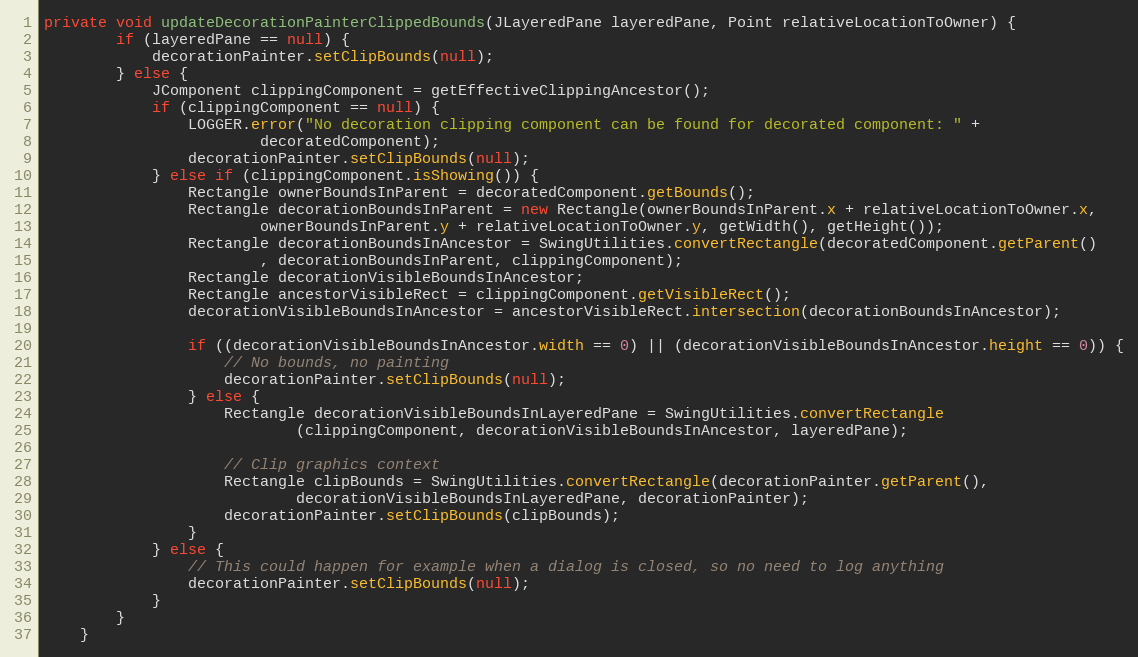
Language: Java
private void updateDecorationPainterClippedBounds(JLayeredPane layeredPane, Point relativeLocationToOwner) {
        if (layeredPane == null) {
            decorationPainter.setClipBounds(null);
        } else {
            JComponent clippingComponent = getEffectiveClippingAncestor();
            if (clippingComponent == null) {
                LOGGER.error("No decoration clipping component can be found for decorated component: " +
                        decoratedComponent);
                decorationPainter.setClipBounds(null);
            } else if (clippingComponent.isShowing()) {
                Rectangle ownerBoundsInParent = decoratedComponent.getBounds();
                Rectangle decorationBoundsInParent = new Rectangle(ownerBoundsInParent.x + relativeLocationToOwner.x,
                        ownerBoundsInParent.y + relativeLocationToOwner.y, getWidth(), getHeight());
                Rectangle decorationBoundsInAncestor = SwingUtilities.convertRectangle(decoratedComponent.getParent()
                        , decorationBoundsInParent, clippingComponent);
                Rectangle decorationVisibleBoundsInAncestor;
                Rectangle ancestorVisibleRect = clippingComponent.getVisibleRect();
                decorationVisibleBoundsInAncestor = ancestorVisibleRect.intersection(decorationBoundsInAncestor);

                if ((decorationVisibleBoundsInAncestor.width == 0) || (decorationVisibleBoundsInAncestor.height == 0)) {
                    // No bounds, no painting
                    decorationPainter.setClipBounds(null);
                } else {
                    Rectangle decorationVisibleBoundsInLayeredPane = SwingUtilities.convertRectangle
                            (clippingComponent, decorationVisibleBoundsInAncestor, layeredPane);

                    // Clip graphics context
                    Rectangle clipBounds = SwingUtilities.convertRectangle(decorationPainter.getParent(),
                            decorationVisibleBoundsInLayeredPane, decorationPainter);
                    decorationPainter.setClipBounds(clipBounds);
                }
            } else {
                // This could happen for example when a dialog is closed, so no need to log anything
                decorationPainter.setClipBounds(null);
            }
        }
    }